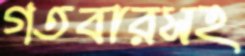
গতবারসহ